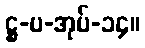
ဋ္ဌ-ပ-အုပ်-၁၄။